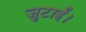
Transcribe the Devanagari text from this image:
जुटाईं।